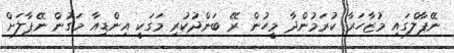
ނޭޕާލްގައި މުޒާހަރާ ކުރަމުންދާ މީހުން ރޭ ބަންދުކުރި މަގަކީ އިންޑިއާ މަގުން ނޭޕާލަށް